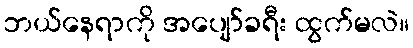
ဘယ်နေရာကို အပျော်ခရီး ထွက်မလဲ။